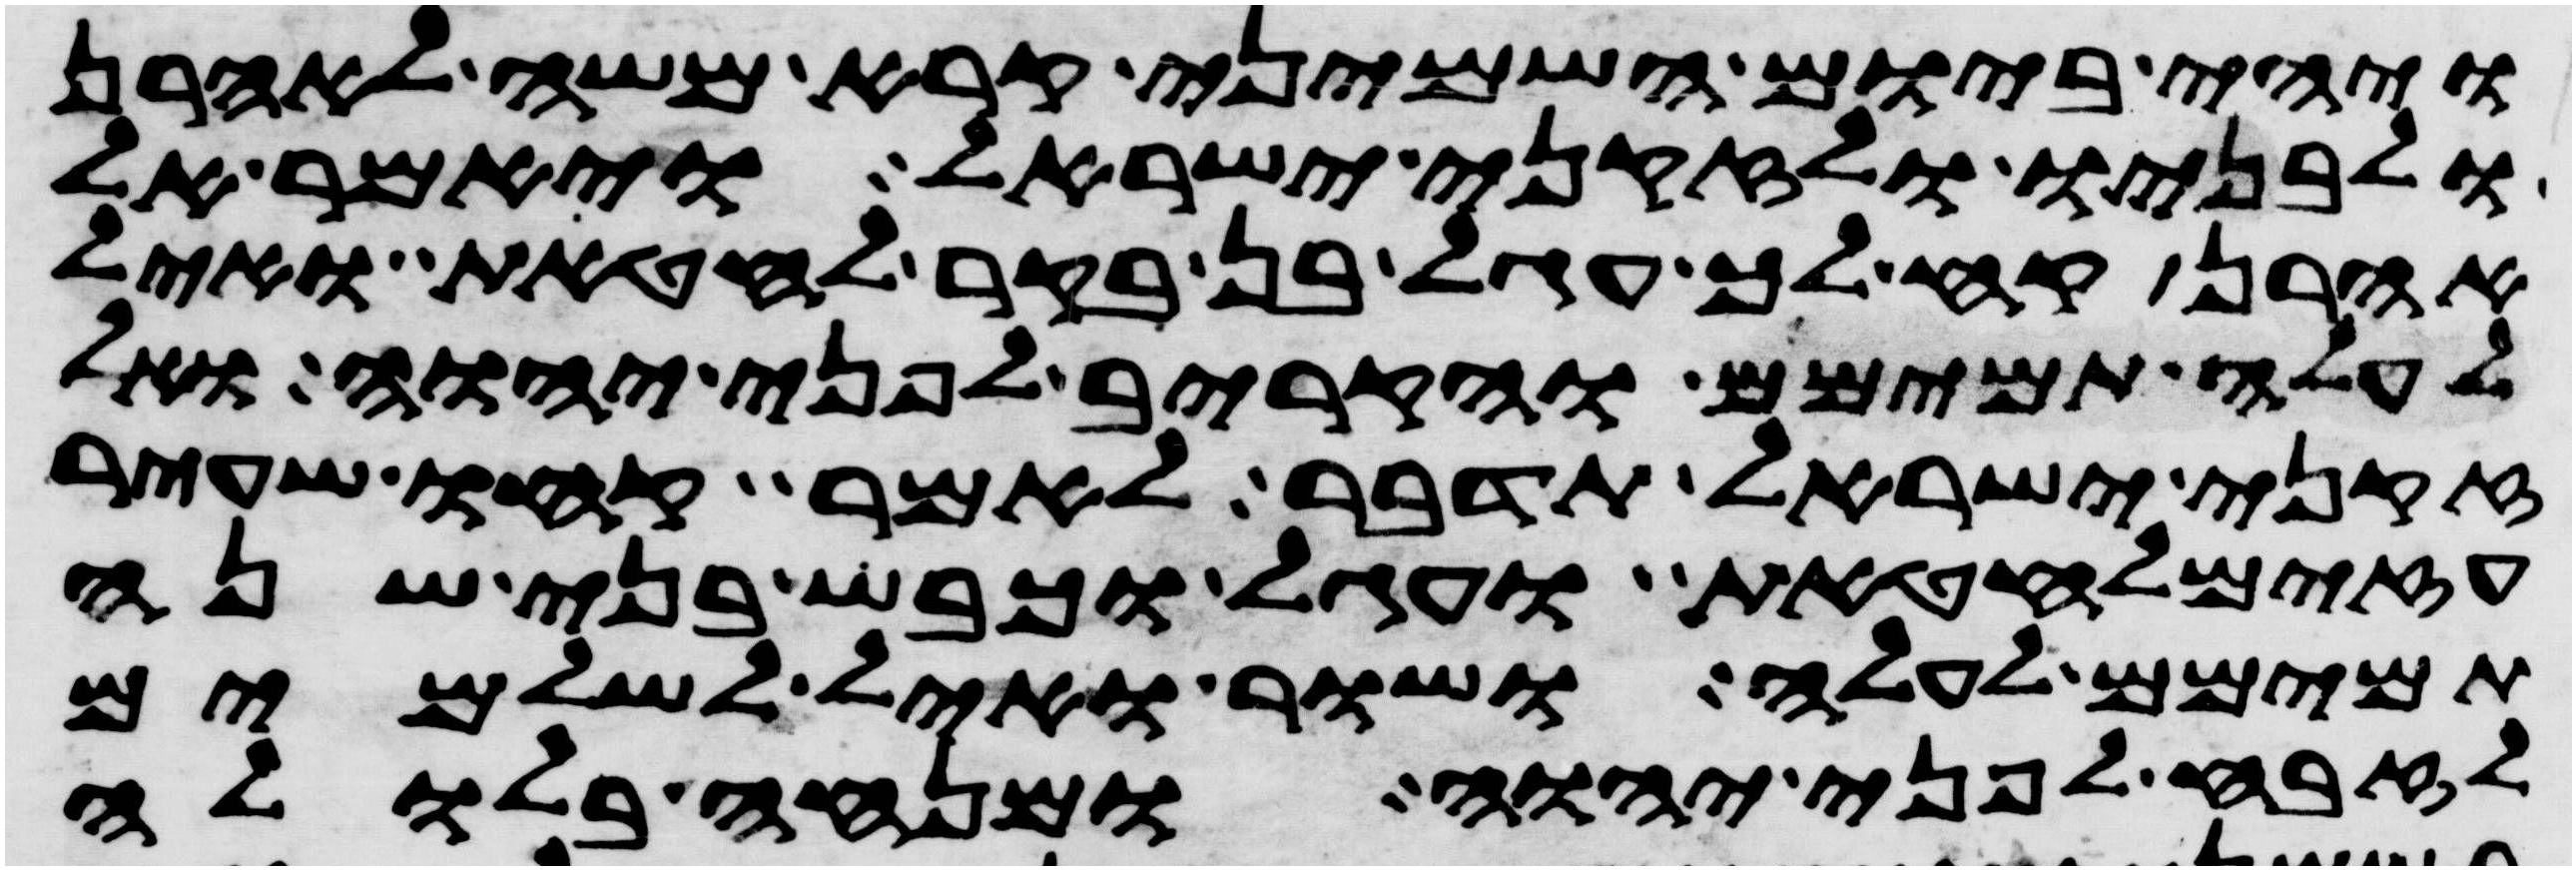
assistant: ויהי ביום השמיני קרא משה לאהרן
ולבניו ולזקני ישראל ויאמר אל
אהרן קח לך עגל בן בקר לחטאת ואיל
לעלה תמימם והקריב לפני יהוה ואל
זקני ישראל תדבר לאמר קחו שעיר
עזים לחטאת ועגל וכבש בני שנה
תמימם לעלה ושור ואיל לשלמים
לזבח לפני יהוה ומנחה בלולה